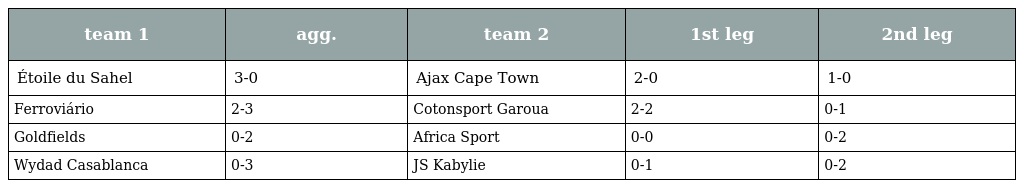
| team 1 | agg. | team 2 | 1st leg | 2nd leg |
 | --- | --- | --- | --- | --- |
 | Étoile du Sahel | 3-0 | Ajax Cape Town | 2-0 | 1-0 |
 | Ferroviário | 2-3 | Cotonsport Garoua | 2-2 | 0-1 |
 | Goldfields | 0-2 | Africa Sport | 0-0 | 0-2 |
 | Wydad Casablanca | 0-3 | JS Kabylie | 0-1 | 0-2 |